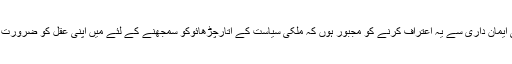
عملی صحافت میں ساری عمر گنوانے کے بعد میں انتہائی ایمان داری سے یہ اعتراف کرنے کو مجبور ہوں کہ ملکی سیاست کے اُتارچڑھائوکو سمجھنے کے لئے میں اپنی عقل کو ضرورت سے زیادہ استعمال کرنے کی حماقت میں گرفتار رہا ہوں۔